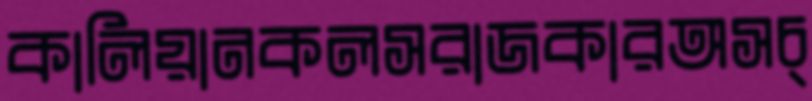
কালিয়ানকলসরাজকারঅসচ্